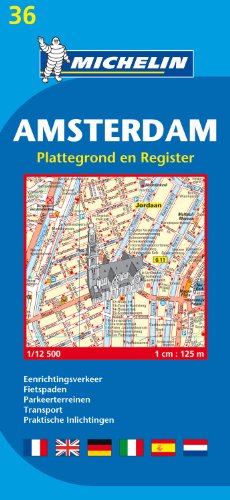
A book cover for Michelin Map Amsterdam #36 (Maps/City (Michelin)); Michelin; Travel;